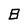
Character: 8